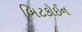
બિટકોઈન